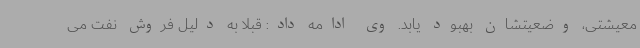
معیشتی، وضعیتشان بهبود یابد. وی ادامه داد: قبلا به دلیل فروش نفت می